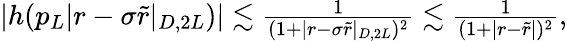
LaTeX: \begin{array}{r}{|h(p_{L}|r-\sigma\tilde{r}|_{D,2L})|\lesssim\frac{1}{(1+|r-\sigma\tilde{r}|_{D,2L})^{2}}\lesssim\frac{1}{(1+|r-\tilde{r}|)^{2}},}\end{array}